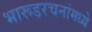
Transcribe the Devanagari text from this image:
भारूडरचनांमध्ये